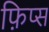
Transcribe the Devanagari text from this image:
फ़िप्स